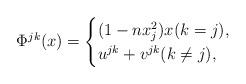
LaTeX: \begin{align*}\Phi^{jk}(x) =\begin{cases} (1-n x_j^2)x (k=j),\\ u^{jk} + v^{jk} (k \neq j),\end{cases}\end{align*}